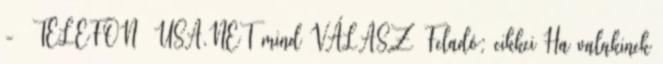
- TELEFON USA.NET mind VÁLASZ Feladó: cikkei Ha valakinek